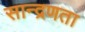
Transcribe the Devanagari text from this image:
सान्द्रणता